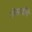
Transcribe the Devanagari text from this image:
गोसावींचे